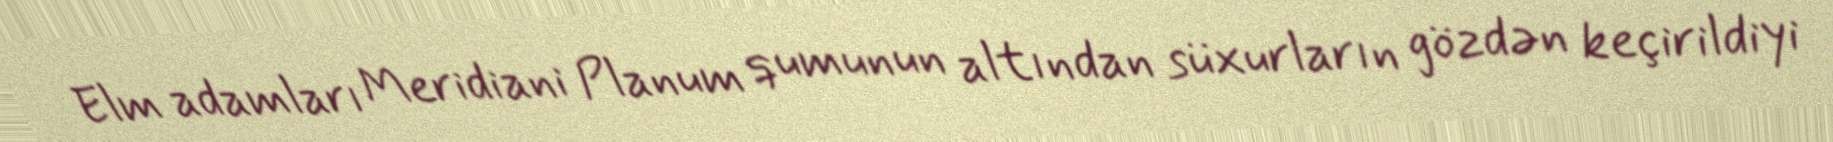
Elm adamları Meridiani Planum qumunun altından süxurların gözdən keçirildiyi